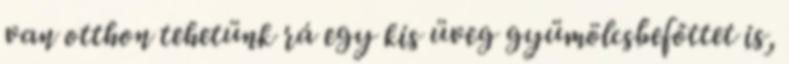
van otthon tehetünk rá egy kis üveg gyümölcsbefőttet is,